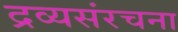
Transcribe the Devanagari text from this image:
द्रव्यसंरचना